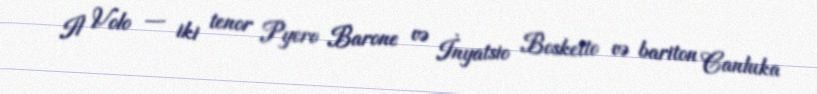
Il Volo — iki tenor Pyero Barone və İnyatsio Bosketto və bariton Canluka